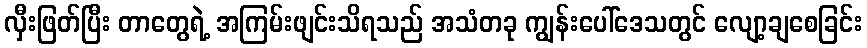
လှီးဖြတ်ပြီး တာတွေရဲ့ အကြမ်းဖျင်းသိရသည် အသံတခု ကျွန်းပေါ်ဒေသတွင် လျော့ချစေခြင်း